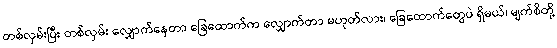
တစ်လှမ်းပြီး တစ်လှမ်း လျှောက်နေတာ ခြေထောက်က လျှောက်တာ မဟုတ်လား၊ ခြေထောက်တွေပဲ ရှိမယ်၊ မျက်စိတို့